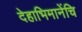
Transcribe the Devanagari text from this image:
देहाभिमानेंचि